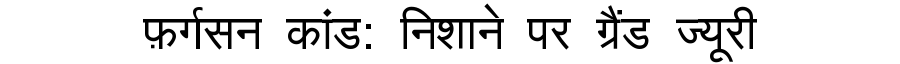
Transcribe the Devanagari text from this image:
फ़र्गसन कांड: निशाने पर ग्रैंड ज्यूरी